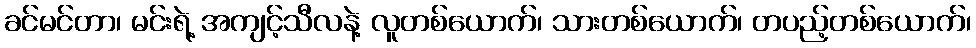
ခင်မင်တာ၊ မင်းရဲ့ အကျင့်သီလနဲ့ လူတစ်ယောက်၊ သားတစ်ယောက်၊ တပည့်တစ်ယောက်၊